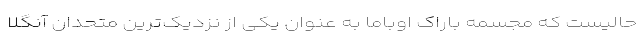
حالیست که مجسمه باراک اوباما به عنوان یکی از نزدیک‌ترین متحدان آنگلا